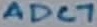
Text: ADC7